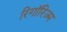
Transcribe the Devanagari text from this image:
रिगॉरिज्म